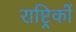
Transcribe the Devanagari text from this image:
राष्ट्रिकों